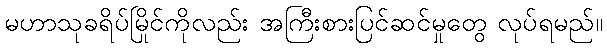
မဟာသုခရိပ်မြိုင်ကိုလည်း အကြီးစားပြင်ဆင်မှုတွေ လုပ်ရမည်။